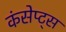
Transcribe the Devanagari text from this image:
कंसेप्ट्स